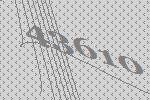
43610